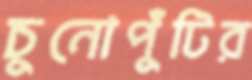
চুনোপুঁটির